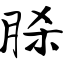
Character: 脎